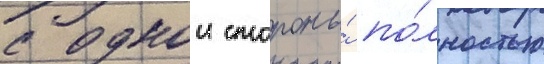
с однои стороны́ по́лностью